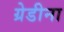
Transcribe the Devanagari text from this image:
ग्रेडीना